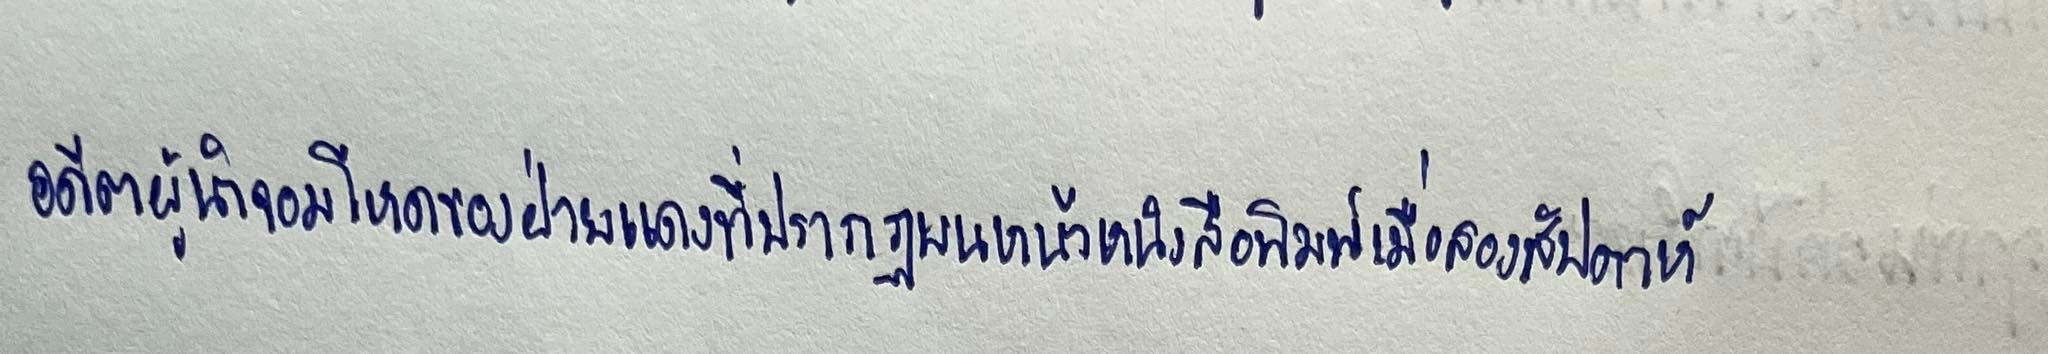
อดีตผู้นำจอมโหดของฝ่ายแดงที่ปรากฏบนหน้าหนังสือพิมพ์เมื่อสองสัปดาห์